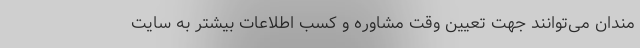
مندان می‌توانند جهت تعیین وقت مشاوره و کسب اطلاعات بیشتر به سایت